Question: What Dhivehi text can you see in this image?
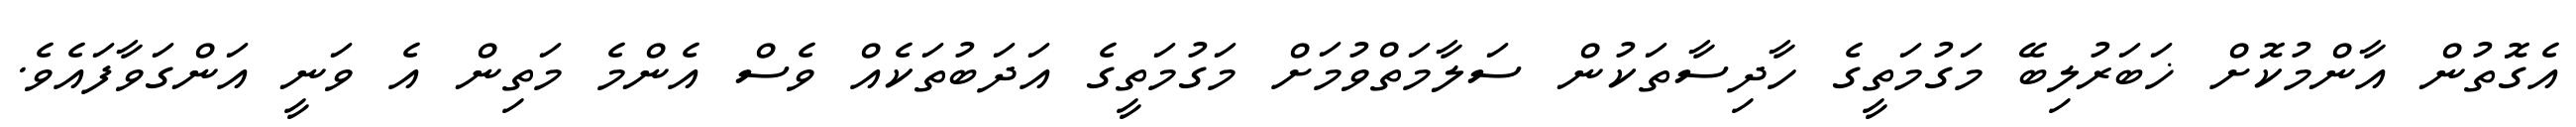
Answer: އެގޮތުން އާންމުކޮށް ޚަބަރުލިބޭ މަގުމަތީގެ ހާދިސާތަކުން ސަލާމަތްވުމަށް މަގުމަތީގެ އަދަބުތަކެއް ވެސް އެންމެ މަތިން އެ ވަނީ އަންގަވާފައެވެ.